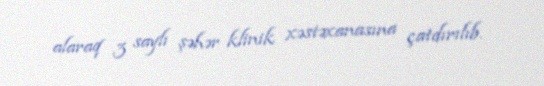
alaraq 3 saylı şəhər klinik xəstəxanasına çatdırılıb.